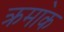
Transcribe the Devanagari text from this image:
क्रमा॓क